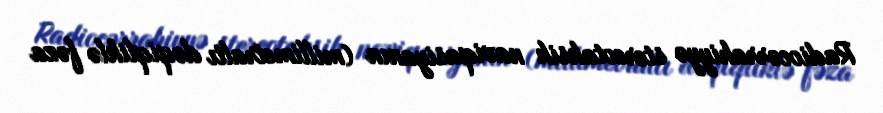
Radiocərrahiyyə stereotaksik naviqasiyanın (millimetraltı dəqiqliklə fəza